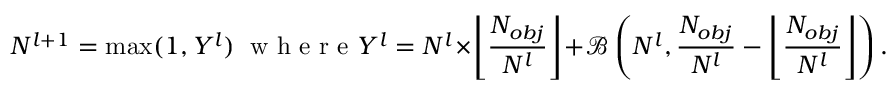
N ^ { l + 1 } = \operatorname* { m a x } ( 1 , Y ^ { l } ) \ \mathrm { ~ w ~ h ~ e ~ r ~ e ~ } Y ^ { l } = N ^ { l } \times \left\lfloor \frac { N _ { o b j } } { N ^ { l } } \right\rfloor + \mathcal { B } \left( N ^ { l } , \frac { N _ { o b j } } { N ^ { l } } - \left\lfloor \frac { N _ { o b j } } { N ^ { l } } \right\rfloor \right) .